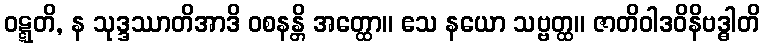
ဝဋ္ဋတိ, န သုဒ္ဒဿာတိအာဒိ ဝစနန္တိ အတ္ထော။ ဧသ နယော သဗ္ဗတ္ထ။ ဇာတိဝါဒဝိနိဗဒ္ဓါတိ